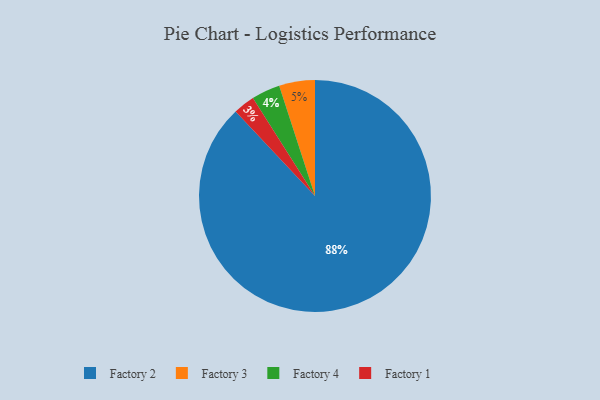
{"axis": {"x": "Category", "y": "Percentage"}, "legend": ["Factory 1", "Factory 2", "Factory 3", "Factory 4"], "data": [{"x": "Factory 2", "y": 88, "type": "Factory 2"}, {"x": "Factory 3", "y": 5, "type": "Factory 3"}, {"x": "Factory 4", "y": 4, "type": "Factory 4"}, {"x": "Factory 1", "y": 3, "type": "Factory 1"}]}